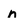
Character: n